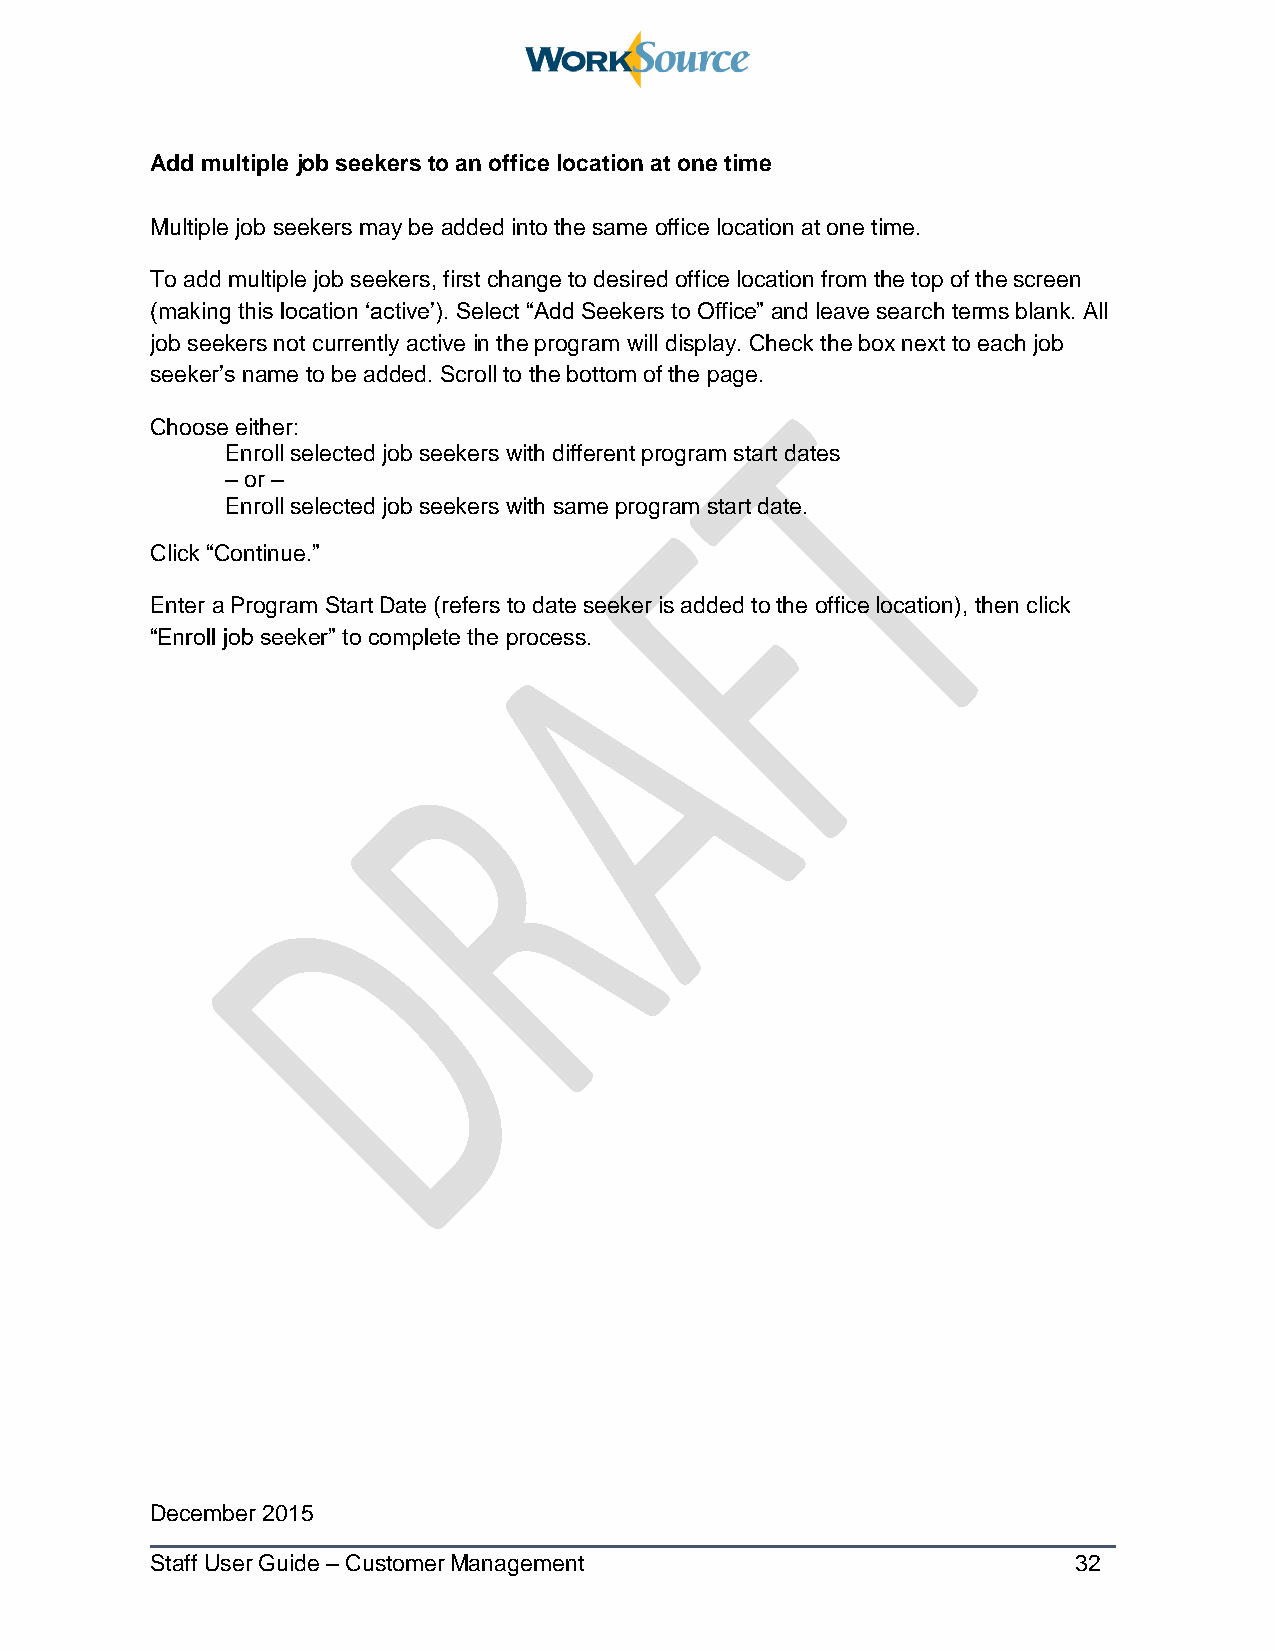
Add multiple job seekers to an office location at one time
 Multiple job seekers may be added into the same office location at one time.
 To add multiple job seekers, first change to desired office location from the top of the screen
 (making this location ‘active’). Select “Add Seekers to Office” and leave search terms blank. All
 job seekers not currently active in the program will display. Check the box next to each job
 seeker’s name to be added. Scroll to the bottom of the page.
 Choose either:
 Enroll selected job seekers with different program start dates
 – or –
 Enroll selected job seekers with same program start date.
 Click “Continue.”
 Enter a Program Start Date (refers to date seeker is added to the office location), then click
 “Enroll job seeker” to complete the process.
 December 2015
 Staff User Guide – Customer Management                       32